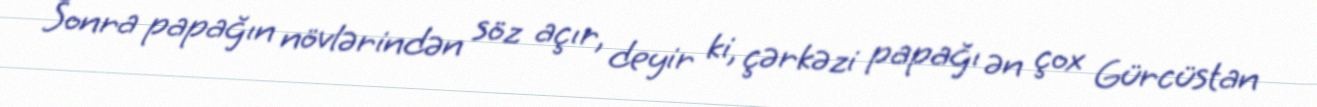
Sonra papağın növlərindən söz açır, deyir ki, çərkəzi papağı ən çox Gürcüstan